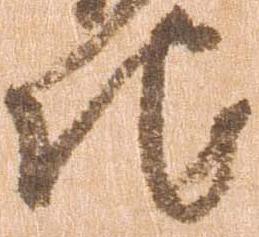
地